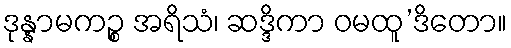
ဒုန္နာမကဉ္စ အရိသံ၊ ဆဒ္ဒိကာ ဝမထူ’ဒိတော။